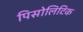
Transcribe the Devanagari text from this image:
पिसोलिटिक